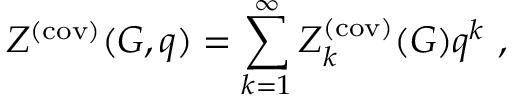
Z ^ { ( \mathrm { c o v ) } } ( G , q ) = \sum _ { k = 1 } ^ { \infty } Z _ { k } ^ { ( \mathrm { c o v ) } } ( G ) q ^ { k } ~ ,